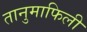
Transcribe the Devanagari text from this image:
तानुमाफिली